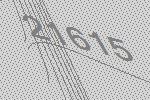
21615